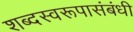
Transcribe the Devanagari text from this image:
शब्दस्वरूपासंबंधी